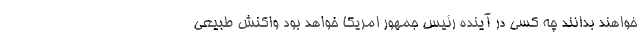
خواهند بدانند چه کسی در آینده رئیس جمهور امریکا خواهد بود واکنش طبیعی